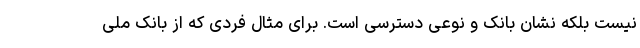
نیست بلکه نشان بانک و نوعی دسترسی است. برای مثال فردی که از بانک ملی